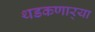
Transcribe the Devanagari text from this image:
थडकणार्‍या